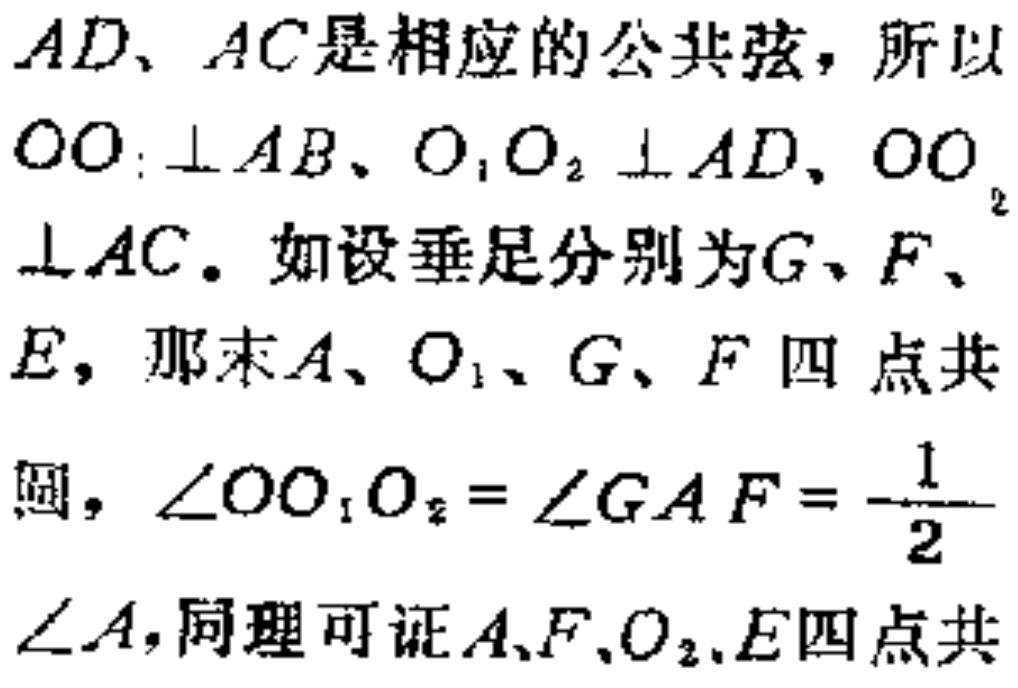
$AD、AC是相应的公共弦，所以$
$OO_{1}\perp AB、O_{1}O_{2}\perp AD、OO_{2}$
$\perp AC。如设垂足分别为G、F、$
$E，那末A、O_{1}、G、F 四 点共$
$圆，\angle OO_{1}O_{2}=\angle GAF = \frac{1}{2}$
$\angle A，同理可证A、F、O_{2}、E四点共$